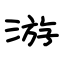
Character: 游